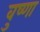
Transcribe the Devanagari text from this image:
वुष्णा